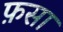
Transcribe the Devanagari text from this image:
फ़सा